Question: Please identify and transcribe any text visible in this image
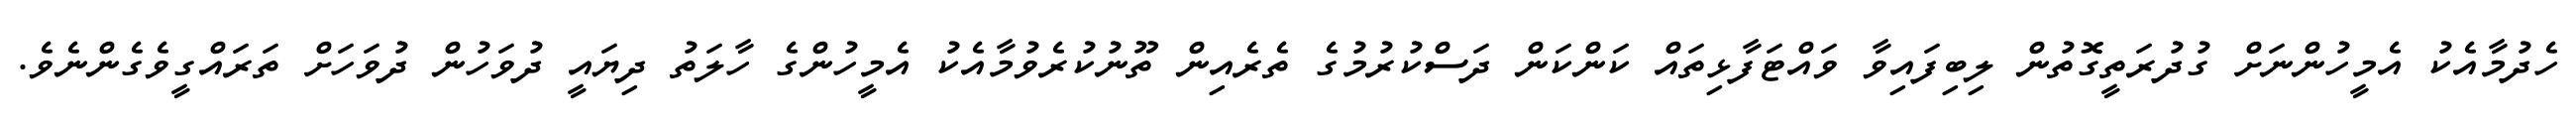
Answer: ހެދުމާއެކު އެމީހުންނަށް ގުދުރަތީގޮތުން ލިބިފައިވާ ވައްޓަފާޅިތައް ކަންކަން ދަސްކުރުމުގެ ތެރެއިން ތޫނުކުރެވުމާއެކު އެމީހުންގެ ހާލަތު ދިޔައީ ދުވަހުން ދުވަހަށް ތަރައްގީވެގެންނެވެ.